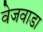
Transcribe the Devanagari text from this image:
वेजवाडा